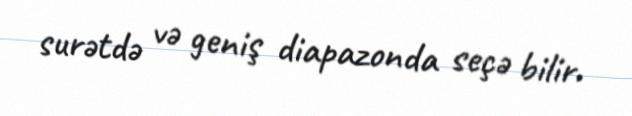
surətdə və geniş diapazonda seçə bilir.